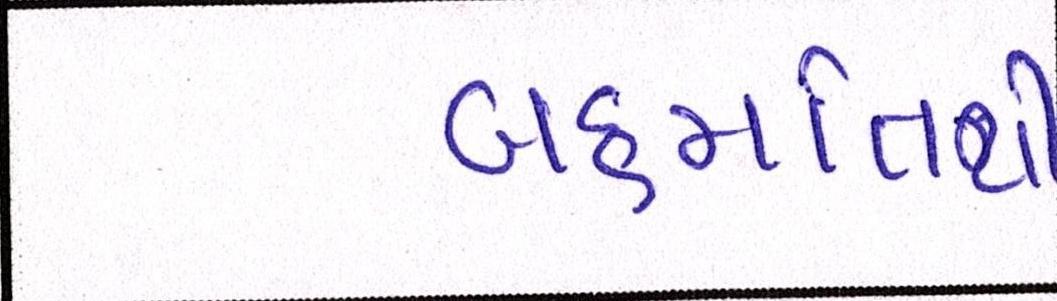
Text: બહમતિથી